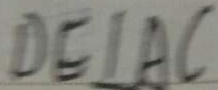
D E \bot A C